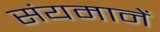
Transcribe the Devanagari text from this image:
संयमानें